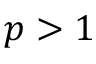
p > 1